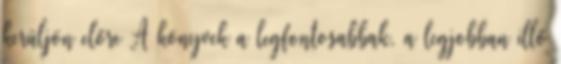
kerüljön előre A könyvek a legfontosabbak, a legjobban illő